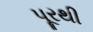
પૂરથી